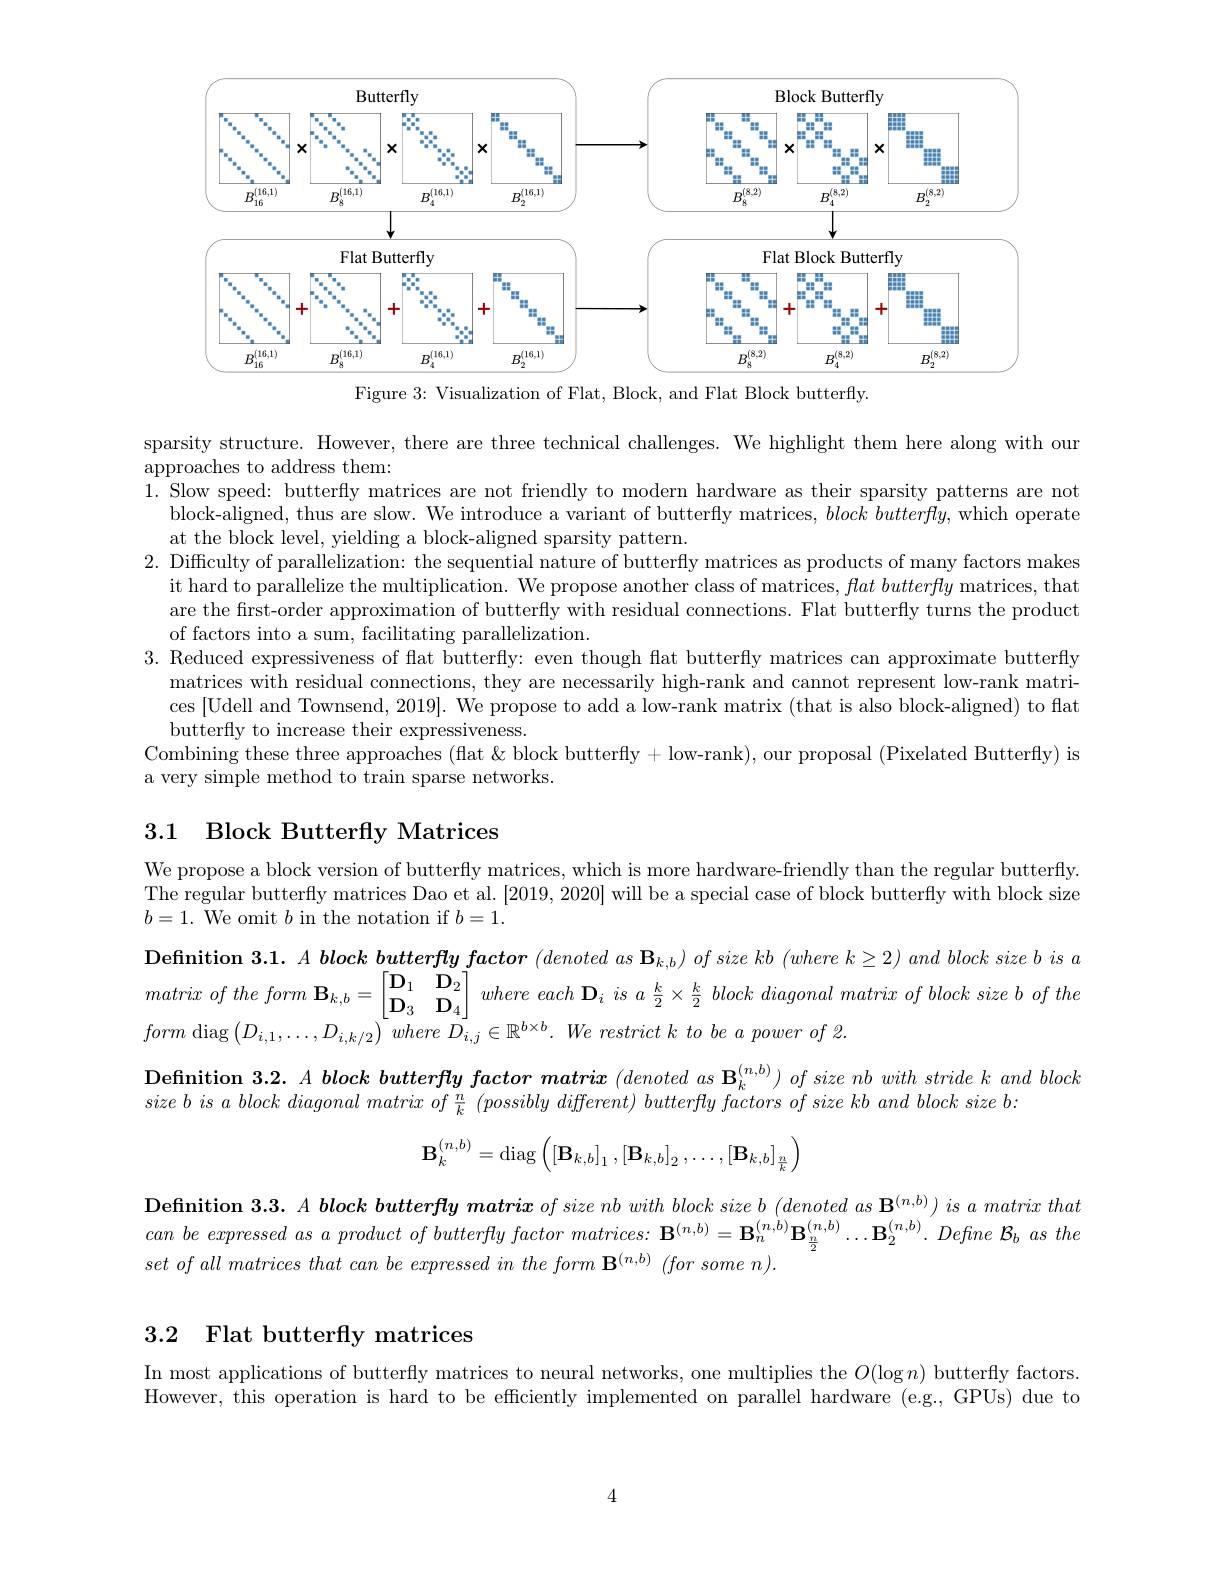
<FigureHere>

Figure 3: Visualization of Flat, Block, and Flat Block butterfly

sparsity structure. However, there are three technical challenges. We highlight them here along with our
approaches to address them:
1. Slow speed: butterfly matrices are not friendly to modern hardware as their sparsity patterns are not
$\bar{\text{block-aligned, thus are slow. We introduce a variant of butterfly matrices, }block\textit{ butterfly, which operate}}$
at the block level, yielding a block-aligned sparsity pattern.
2. Difficulty of parallelization: the sequential nature of butterfly matrices as products of many factors makes
it hard to parallelize the multiplication. We propose another class of matrices, $flat\textit{butterfly matrices, that}$ are the first-order approximation of butterfly with residual connections. Flat butterfly turns the product of factors into a sum, facilitating parallelization.
3. Reduced expressiveness of flat butterfly: even though flat butterfly matrices can approximate butterfly
matrices with residual connections, they are necessarily high-rank and cannot represent low-rank matrices [Udell and Townsend, 2019]. We propose to add a low-rank matrix (that is also block-aligned) to flat butterfly to increase their expressiveness.
Combining these three approaches (flat & block butterfly + low-rank), our proposal (Pixelated Butterfly) is
a very simple method to train sparse networks.

## 3.1 Block Butterfly Matrices

We propose a block version of butterfly matrices, which is more hardware-friendly than the regular butterfly. The regular butterfly matrices Dao et al. [2019,2020] will be a special case of block butterfly with block size $b=1.$ We omit $b$ in the notation if $b=1.$
$\begin{array}{c}\text{Definition 3.1. A block butterfly factor }(denoted~as~\mathbf{B}_{k,b})~of~size~kb~(where~k\geq2)~and~block~size~b~is~a\end{array}$ matrix $of$ the form $\mathbf{B} _{k, b}= \begin{bmatrix} \mathbf{D} _{1}& \mathbf{D} _{2}\\ \mathbf{D} _{3}& \mathbf{D} _{4}\end{bmatrix}$ where each $\mathbf{D} _{i}$ $is$ $a$ $\frac k2\times \frac k2$ block diagonal matrix $of$ block size $b$ $of$ the form diag$\left ( D_i, 1, \ldots , D_{i, k/ 2}\right ) ^{- }where$ $\bar{D_{i, j}} \in \mathbb{R} ^{b\times b}. \textit{We restrict k to be a power of 2}.$

$\textbf{Definition 3. 2. }A\textit{ block butterfly factor matrix ( denoted as B}_{k}^{( n, b) }) \textit{ of size nb with stride k and block}$

$sizebisablockdiagonalmatrixof\frac nk(possiblydifferent)butterflyfactorsofsizekbandblocksizeb:$
$$\mathbf{B}_k^{(n,b)}=\mathrm{diag}\left(\left[\mathbf{B}_{k,b}\right]_1,\left[\mathbf{B}_{k,b}\right]_2,\dots,\left[\mathbf{B}_{k,b}\right]_{\frac{n}{k}}\right)$$
Definition $3. 3. A\textit{ block butterfly matrix of size nb with block size b ( denoted as B}^{( n, b) }) \textit{ is a matrix that}$ $can\textit{ be expressed as a product of butterfly factor matrices: }\mathbf{B} ^{( n, b) }= \mathbf{B} _{n}^{( n, b) }\mathbf{B} _{\frac n2}^{( n, b) }\ldots \mathbf{B} _{2}^{( n, b) }. Define$ $\mathcal{B} _{b} as the$ $set\textit{ of all matrices that can be expressed in the form B}^{( n, b) }( for\textit{ some n}) .$

## 3.2 Flat butterfly matrices

In most applications of butterfly matrices to neural networks, one multiplies the $O(\log n)$ butterfly factors. However, this operation is hard to be efficiently implemented on parallel hardware (e.g., GPUs) due to